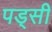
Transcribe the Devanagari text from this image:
पड्सी